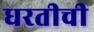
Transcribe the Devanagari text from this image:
धरतीची